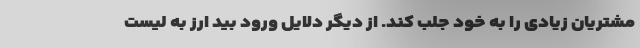
مشتریان زیادی را به خود جلب کند. از دیگر دلایل ورود بید ارز به لیست